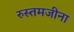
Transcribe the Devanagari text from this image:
रुस्तमजीना